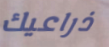
ذراعيك